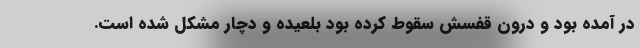
در آمده بود و درون قفسش سقوط کرده بود بلعیده و دچار مشکل شده است.